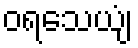
ဝရသေယျံ